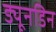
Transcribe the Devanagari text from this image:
ड्यूनडिन